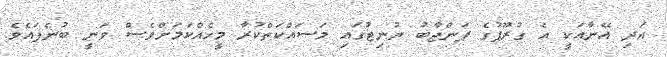
އަދި އޭނާއަކީ އެ ގުރޫޕުގެ ޕަންޖާބު ޔުނިޓުގައި މަސައްކަތްކުރާ މީހެއްކަމަށްވެސް ވަނީ ބުނެފައެވެ.